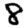
Digit: 8